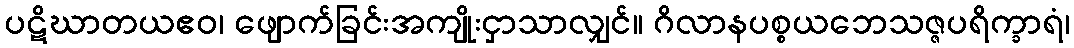
ပဋိဃာတယဧဝ၊ ဖျောက်ခြင်းအကျိုးငှာသာလျှင်။ ဂိလာနပစ္စယဘေသဇ္ဇပရိက္ခာရံ၊